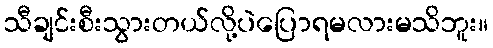
သီချင်းစီးသွားတယ်လို့ပဲပြောရမလားမသိဘူး။